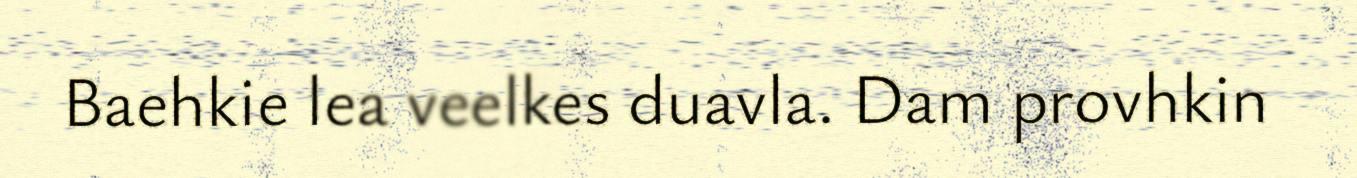
Baehkie lea veelkes duavla. Dam provhkin